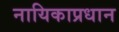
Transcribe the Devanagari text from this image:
नायिकाप्रधान